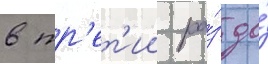
в тр'ет'ии ра́з до́